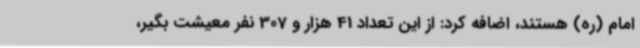
امام (ره) هستند، اضافه کرد: از این تعداد 41 هزار و 307 نفر معیشت بگیر،